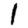
Digit: 1